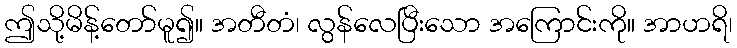
ဤသို့မိန့်တော်မူ၍။ အတီတံ၊ လွန်လေပြီးသော အကြောင်းကို။ အာဟရိ၊